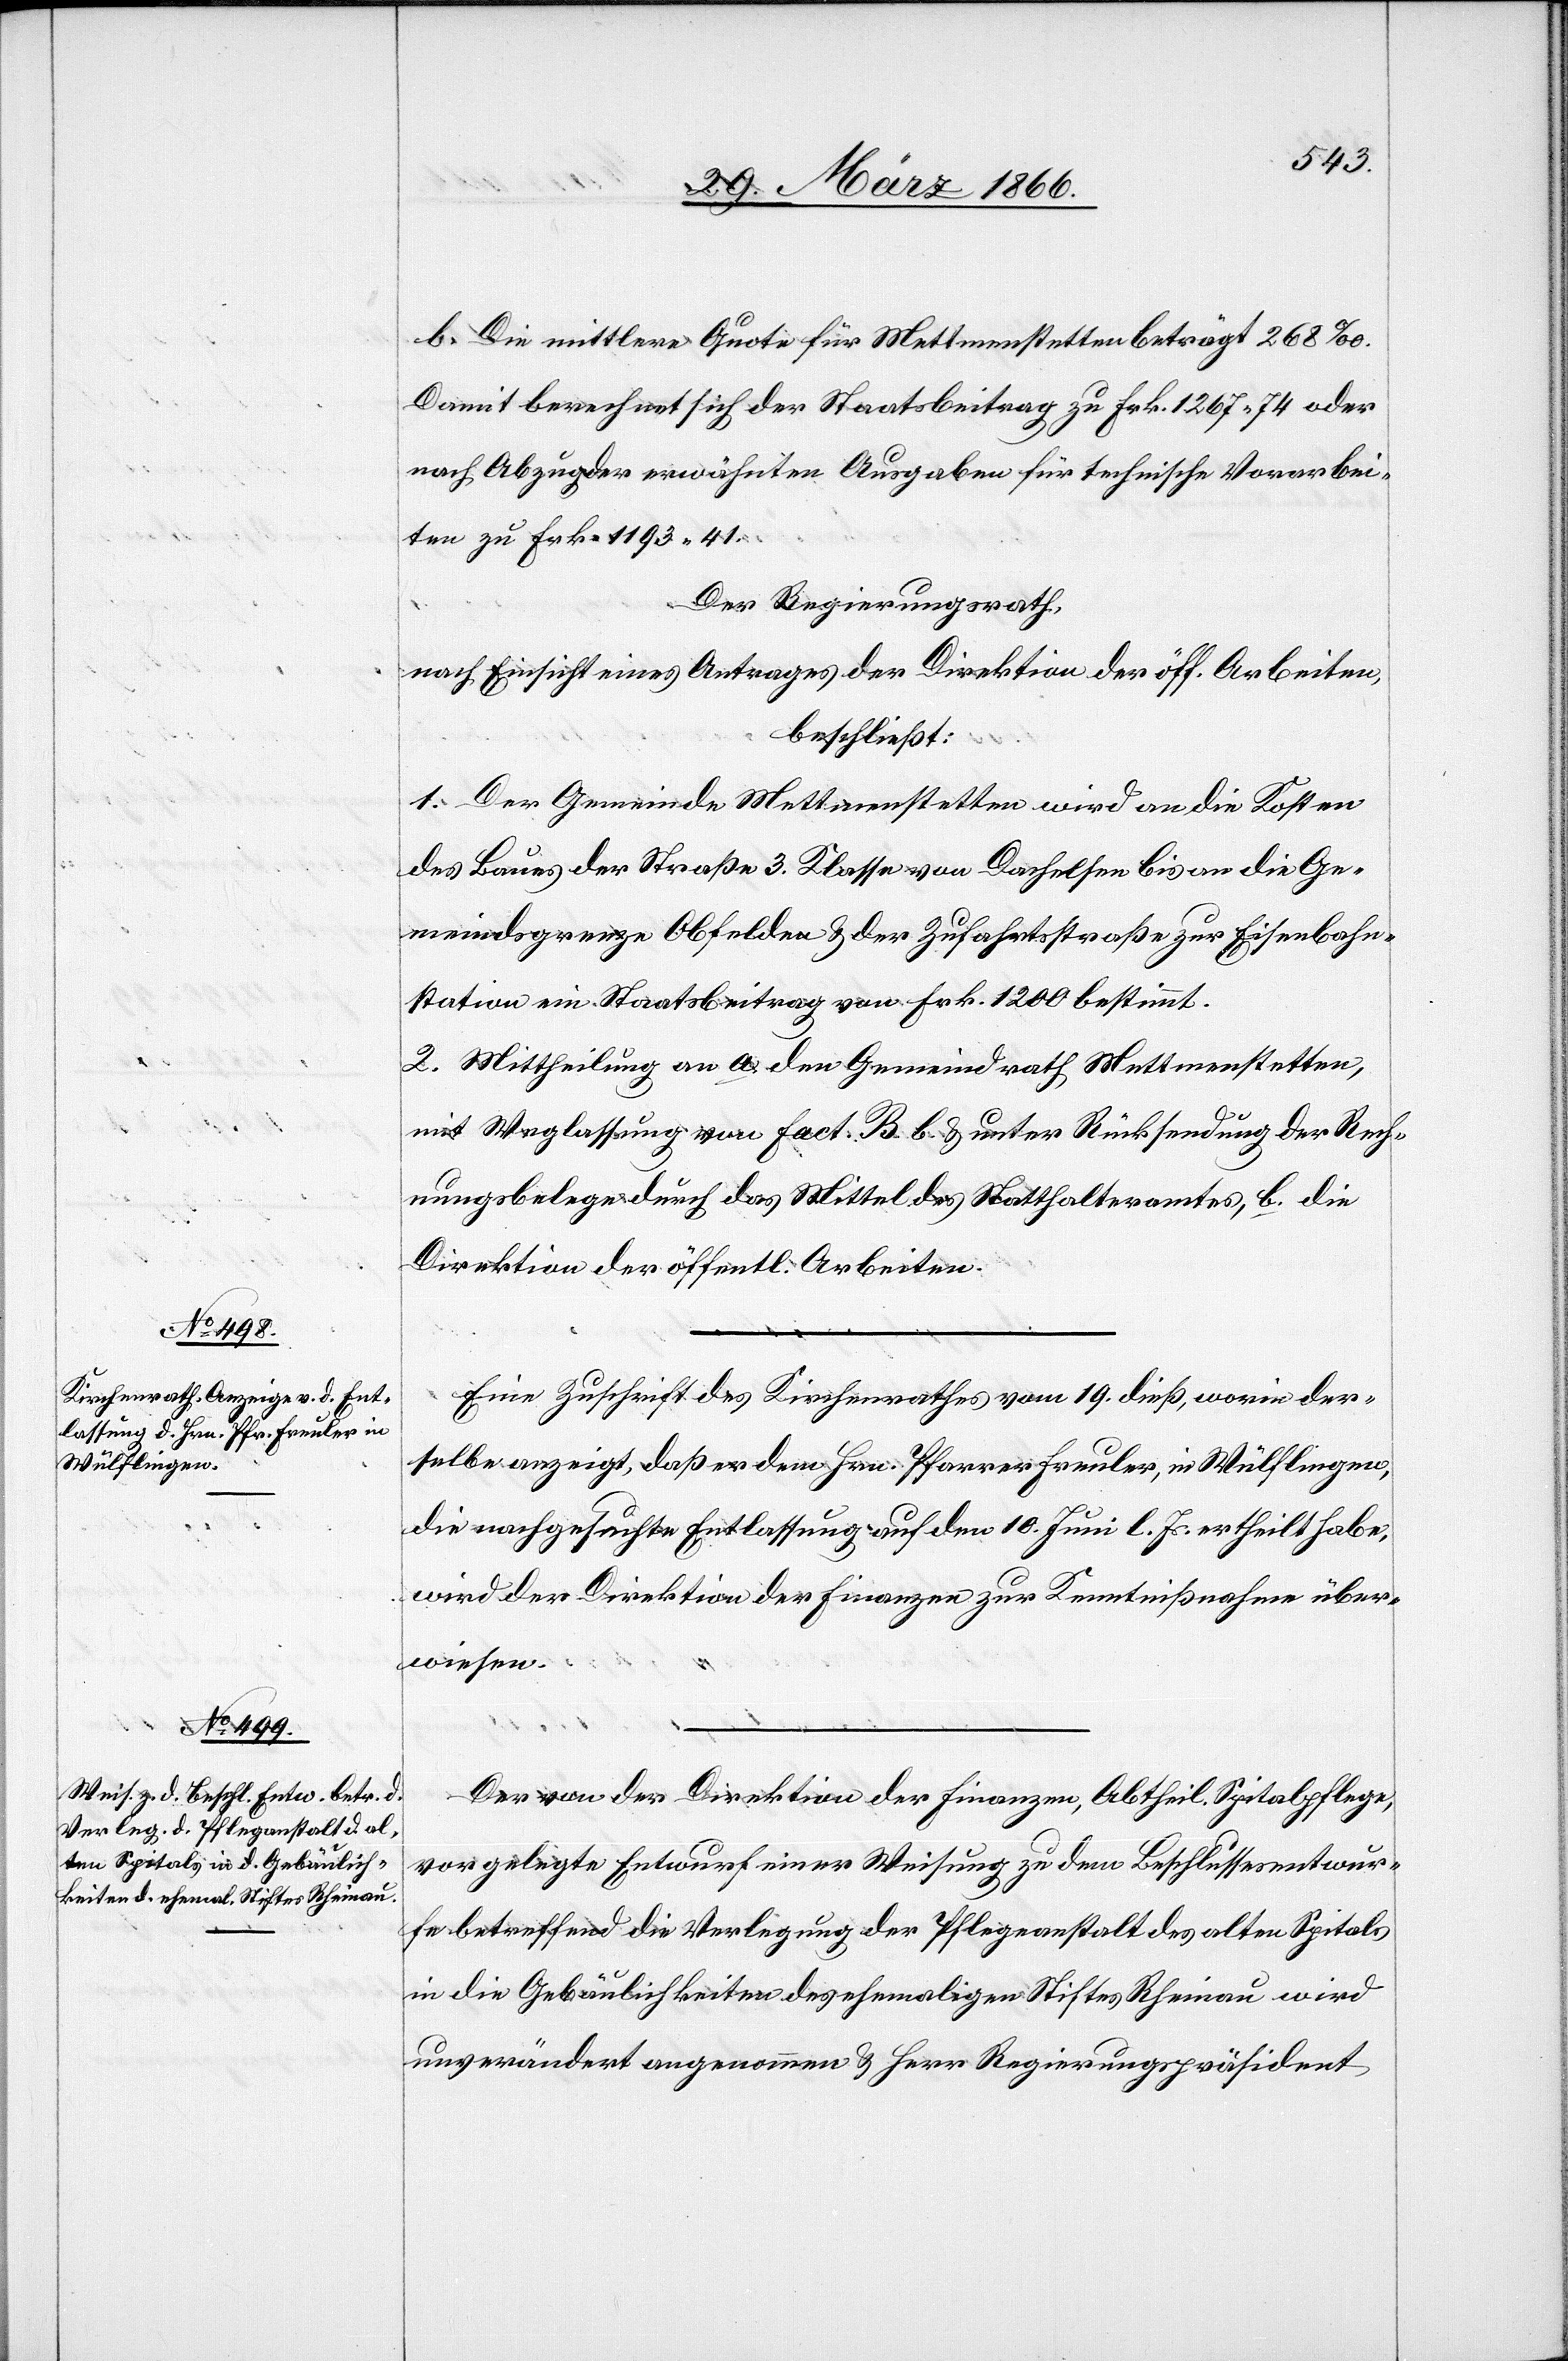
b. Die mittlere Quote für Mettmenstetten beträgt 168 ‰.
Damit berechnet sich der Staatsbeitrag zu Frk. 1267.74 oder
nach Abzug der erwähnten Ausgaben für technische Vorarbei¬
ten zu Frk. 1193.41.
Der Regierungsrath,
nach Einsicht eines Antrages der Direktion der öff. Arbeiten,
beschließt:
1. Der Gemeinde Mettmenstetten wird an die Kosten
des Baues der Straße 3. Klasse von Dachseln an die Ge¬
meindsgrenze Obfelden u. der Zufahrtsstraße zur Eisenbahn¬
station ein Staatsbeitrag von Frk. 1200 bestimmt.
2. Mittheilung an a. den Gemeindrath Mettmenstetten,
mit Weglassung von Fact. B. b. u. unter Rücksendung der Rech¬
nungsbelege durch das Mittel des Statthalteramtes, b. die
Direktion der öffentl. Arbeiten.
Eine Zuschrift des Kirchenrathes vom 19. dieß, worin der¬
selbe anzeigt, daß er dem Hrn. Pfarrer Freuler, in Wülflingen,
die nachgesuchte Entlassung auf den 10. Juni l. Js. ertheilt habe,
wird der Direktion der Finanzen zur Kenntnißnahme über¬
wiesen.
Der von der Direktion der Finanzen, Abtheilung Spitalpflege
vorgelegte Entwurf einer Weisung zu dem Beschlussesentwur¬
fe betreffend die Verlegung der Pflegeanstalt des alten Spitals
in die Gebäulichkeiten des ehemaligen Stiftes Rheinau wird
unverändert angenommen u. Herr Regierungspräsident